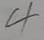
4